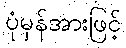
ပုံမှန်အားဖြင့်